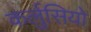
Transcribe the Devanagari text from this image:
कर्लुसियो